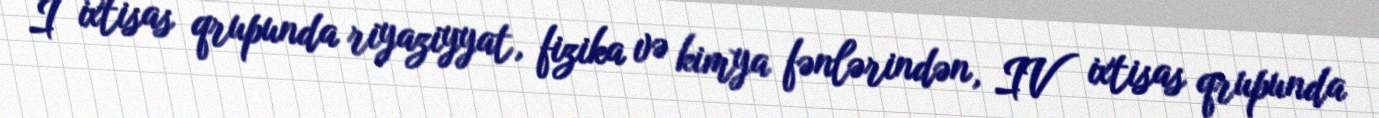
I ixtisas qrupunda riyaziyyat, fizika və kimya fənlərindən, IV ixtisas qrupunda